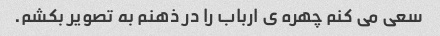
سعی می کنم چهره ی ارباب را در ذهنم به تصویر بکشم.